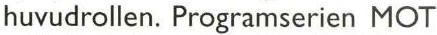
huvudrollen. Programserien MOT